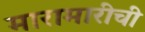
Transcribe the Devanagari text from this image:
मारामारीची